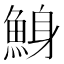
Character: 鯓